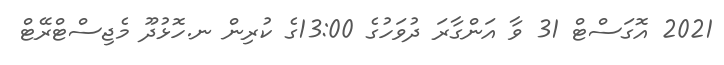
2021 އޮގަސްޓް 31 ވާ އަންގާރަ ދުވަހުގެ 13:00ގެ ކުރިން ނ.ހޮޅުދޫ މެޖިސްޓްރޭޓް